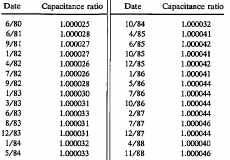
<table><thead><tr><td><b>Date</b></td><td><b>Capacitance ratio</b></td><td><b>Date</b></td><td><b>Capacitance ratio</b></td></tr></thead><tbody><tr><td>6/80</td><td>1.000025</td><td>10/84</td><td>1.000032</td></tr><tr><td>6/81</td><td>1.000028</td><td>4/85</td><td>1.000041</td></tr><tr><td>9/81</td><td>1.000027</td><td>6/85</td><td>1.000042</td></tr><tr><td>1/82</td><td>1.000027</td><td>10/85</td><td>1.000041</td></tr><tr><td>4/82</td><td>1.000026</td><td>12/85</td><td>1.000042</td></tr><tr><td>7/82</td><td>1.000026</td><td>1/86</td><td>1.000041</td></tr><tr><td>9/82</td><td>1.000028</td><td>5/86</td><td>1.000044</td></tr><tr><td>1/83</td><td>1.000030</td><td>7/86</td><td>1.000044</td></tr><tr><td>3/83</td><td>1.000031</td><td>10/86</td><td>1.000044</td></tr><tr><td>6/83</td><td>1.000033</td><td>2/87</td><td>1.000044</td></tr><tr><td>8/83</td><td>1.000031</td><td>7/87</td><td>1.000046</td></tr><tr><td>12/83</td><td>1.000031</td><td>12/87</td><td>1.000044</td></tr><tr><td>1/84</td><td>1.000032</td><td>4/88</td><td>1.000040</td></tr><tr><td>5/84</td><td>1.000033</td><td>11/88</td><td>1.000046</td></tr></tbody></table>